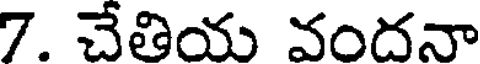
7. చేతియ వందనా